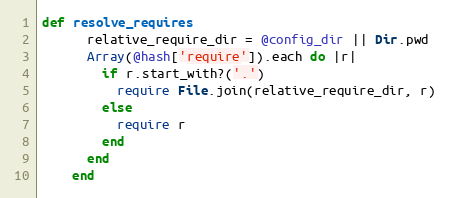
Language: Ruby
def resolve_requires
      relative_require_dir = @config_dir || Dir.pwd
      Array(@hash['require']).each do |r|
        if r.start_with?('.')
          require File.join(relative_require_dir, r)
        else
          require r
        end
      end
    end